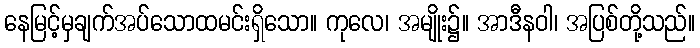
နေမြင့်မှချက်အပ်သောထမင်းရှိသော။ ကုလေ၊ အမျိုး၌။ အာဒီနဝါ၊ အပြစ်တို့သည်။